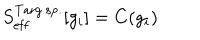
LaTeX: S _ { \mathrm { e f f } } ^ { \mathrm { T a r g . s p . } } [ g _ { i } ] = C ( g _ { i } )